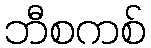
ဘီစကစ်